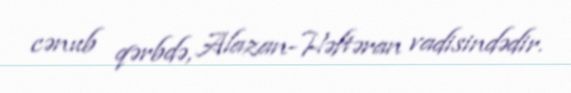
cənub qərbdə, Alazan-Həftəran vadisindədir.